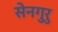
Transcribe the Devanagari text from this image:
सेनगुरु